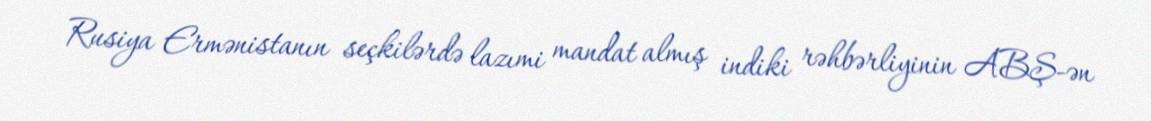
Rusiya Ermənistanın seçkilərdə lazımi mandat almış indiki rəhbərliyinin ABŞ-ən